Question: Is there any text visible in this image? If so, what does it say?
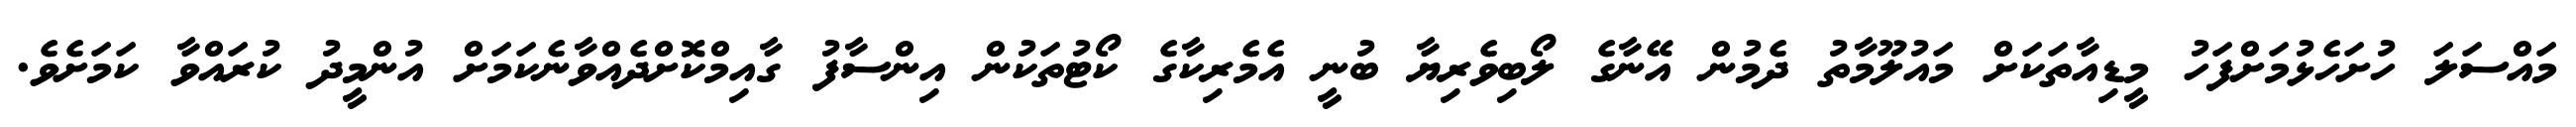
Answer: މައްސަލަ ހުށަހެޅުމަށްފަހު މީޑިއާތަކަށް މައުލޫމާތު ދެމުން އޭނާގެ ލޯބިވެރިޔާ ބުނީ އެމެރިކާގެ ކޯޓުތަކުން އިންސާފު ގާއިމްކޮށްދެއްވާނެކަމަށް އުންމީދު ކުރައްވާ ކަމަށެވެ.